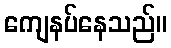
ကျေနပ်နေသည်။